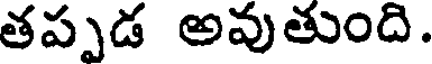
తప్పడ అవుతుంది.